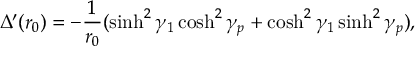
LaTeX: \Delta ^ { \prime } ( r _ { 0 } ) = - { \frac { 1 } { r _ { 0 } } } ( \sinh ^ { 2 } \gamma _ { 1 } \cosh ^ { 2 } \gamma _ { p } + \cosh ^ { 2 } \gamma _ { 1 } \sinh ^ { 2 } \gamma _ { p } ) ,